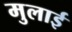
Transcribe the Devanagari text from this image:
मुलाई